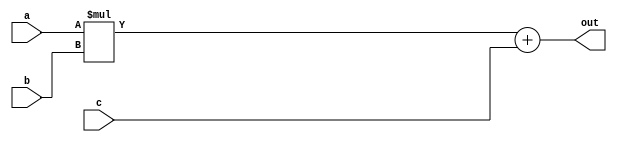
//-------------------------------------------------------
//  Functionality: A 36-bit multiply-acculumate circuit
//-------------------------------------------------------

module mac_36(a, b, c, out);
parameter DATA_WIDTH = 4;  /* declare a parameter. default required */
input [DATA_WIDTH - 1 : 0] a, b, c;
output [DATA_WIDTH - 1 : 0] out;

assign out = a * b + c;

endmodule